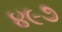
૪૯૭